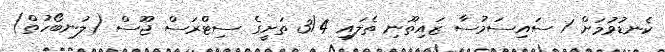
ކެނޑުވުމަށް 1 ސައިސަމުސާ ޒައިތޫނި ތެލައި 3/4 ތަށީގެ ސިޓްރަސް ޖޫސް (ލުނބޯހުތް)